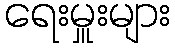
ရေးမှူးများ